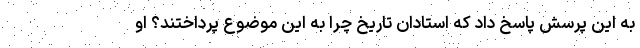
به این پرسش پاسخ داد که استادان تاریخ چرا به این موضوع پرداختند؟ او